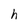
Character: h